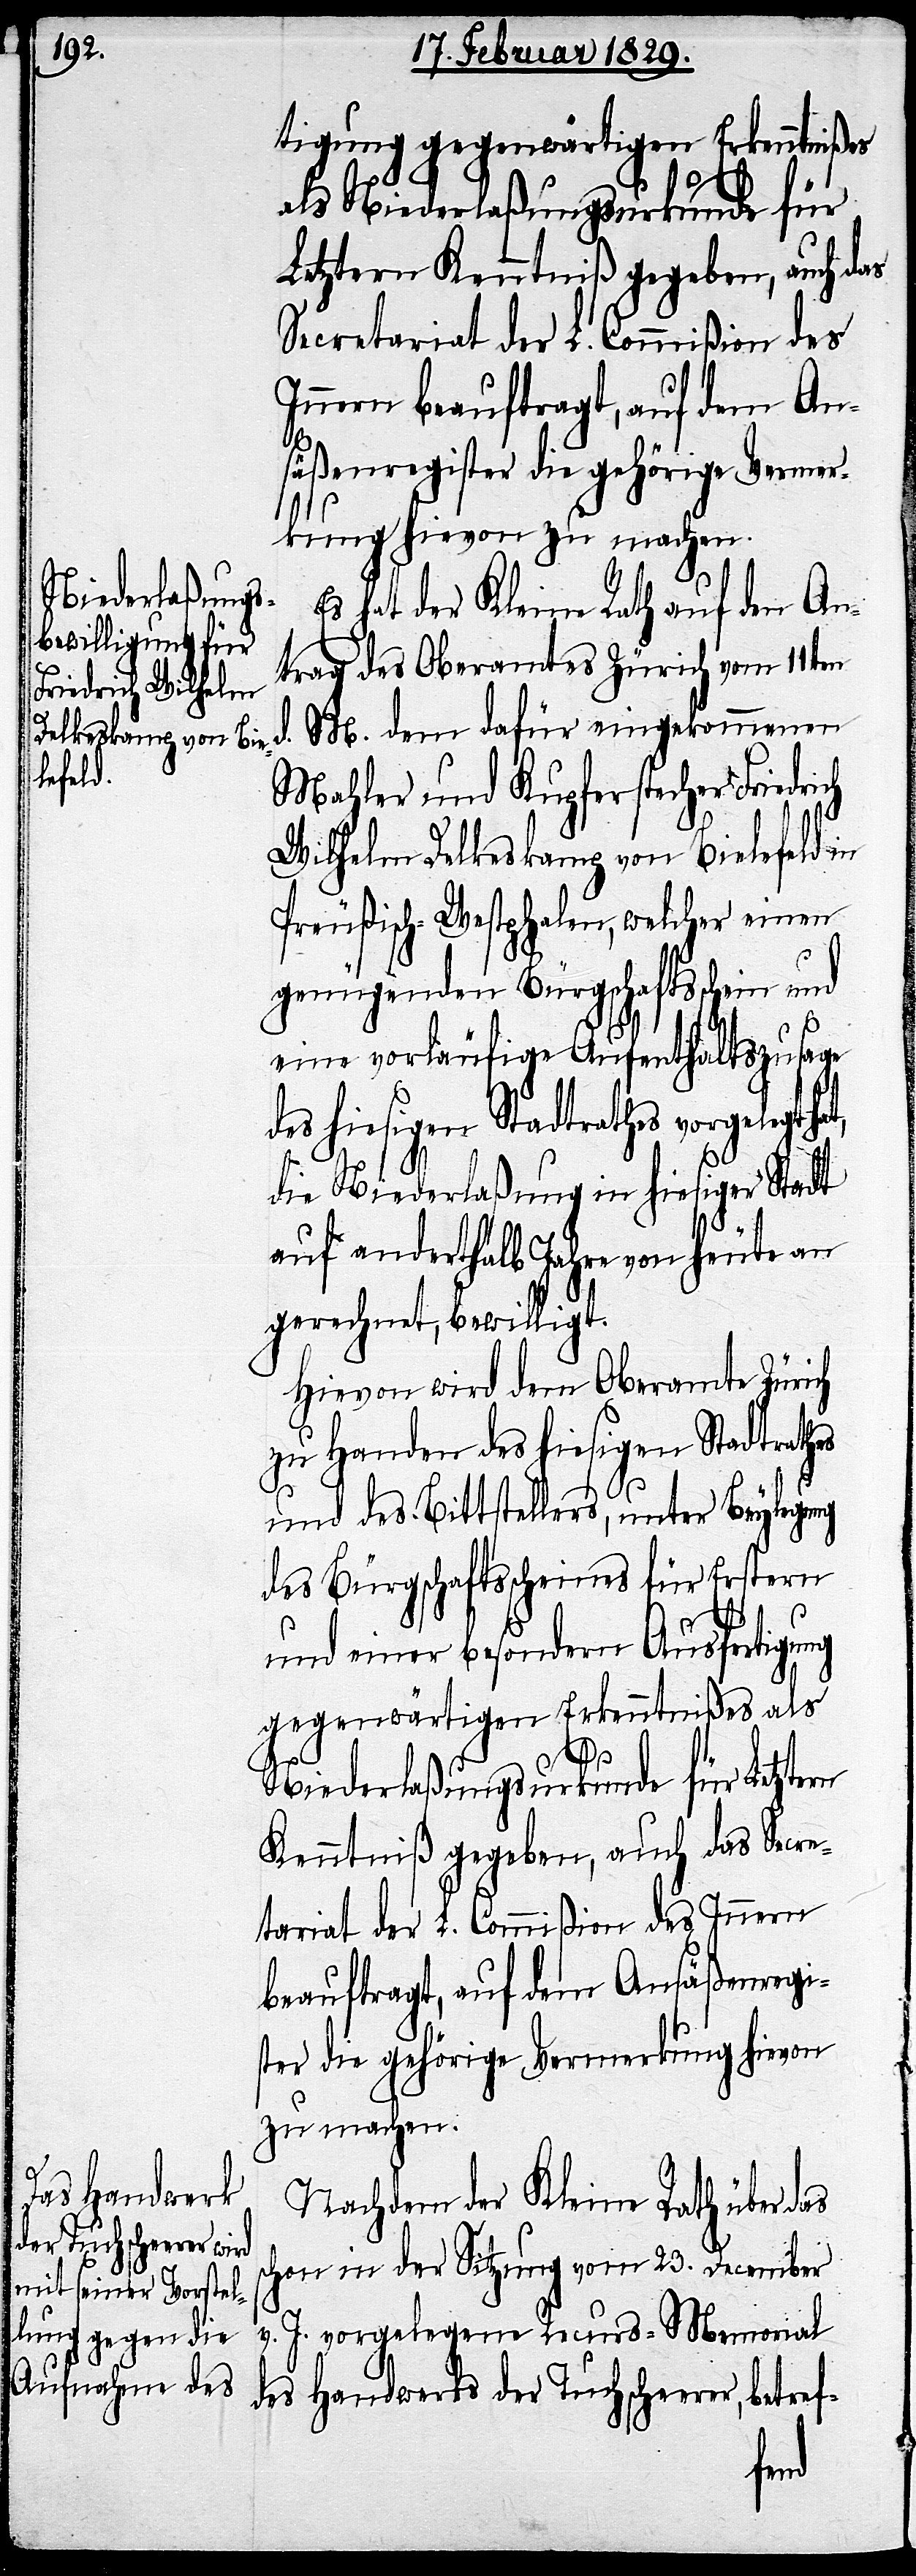
tigung gegenwärtigen Erkenntnißes
d. M.
als Niederlaßungsurkunde für
Letztern Kenntniß gegeben, auch das
Secretariat der L. Commißion des
Innern beauftragt, auf dem An¬
säßenregister die gehörige Vermer¬
kung hievon zu machen.
Es hat der Kleine Rath auf den An¬
trag des Oberamtes Zürich vom 11ten
Mahler und Kupferstecher Friedri¬
Wilhelm Delkeskamp von Bielefeld in
Preußisch-Westphalen, welcher einen
genügenden Bürgschaftsschein und
eine vorläufige Aufenthaltszusage
des hiesigen Stadtraths vorgelegt
die Niederlaßung in hiesiger Stadt
auf anderthalb Jahre von heute an
gerechnet, bewilligt.
Hievon wird dem Oberamte Zürich
zu Handen des hiesigen Stadtrathes
ch
und des Bittstellers, unter Beylegung
des Bürgschaftsscheines für Erstern
und einer besondern Ausfertigung
gegenwärtigen Erkenntnißes als
dafür
Niederlaßungsurkunde für Letztern
Kenntniß gegeben, auch das Secre¬
tariat der L. Commißion des Innern
beauftragt, auf dem Ansäßenregi¬
ster die gehörige Vermerkung hievon
zu machen.
Nachdem der Kleine Rath über das
schon in der Sitzung vom 23. December
v. J. vorgelegte Recurs-Memorial
des Handwerks der Tuchscheerer, betref-
dem